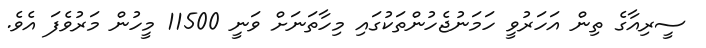
ސީރިއާގެ ތިން އަހަރުވީ ހަމަނުޖެހުންތަކުގައި މިހާތަނަށް ވަނީ 11500 މީހުން މަރުވެފަ އެވެ.